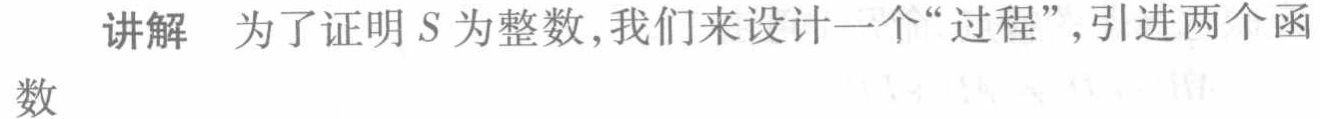
讲解 为了证明 \(S\) 为整数,我们来设计一个“过程”,引进两个函
数